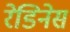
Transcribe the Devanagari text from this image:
रेडिनेस